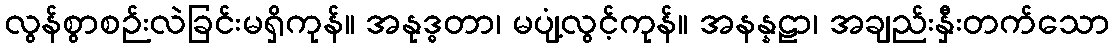
လွန်စွာစဉ်းလဲခြင်းမရှိကုန်။ အနုဒ္ဓတာ၊ မပျံ့လွင့်ကုန်။ အနန္နဠာ၊ အချည်းနှီးတက်သော